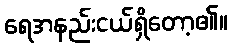
ရေအနည်းငယ်ရှိတော့၏။